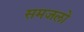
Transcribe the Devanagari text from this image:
समजलो